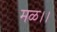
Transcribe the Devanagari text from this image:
मळ।।